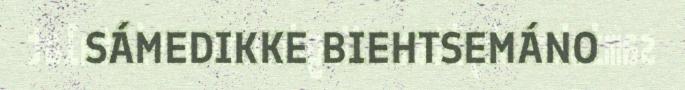
SÁMEDIKKE BIEHTSEMÁNO